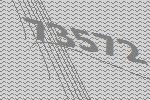
73572